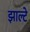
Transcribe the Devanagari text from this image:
झाल्टे